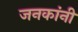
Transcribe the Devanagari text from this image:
जनकांनी